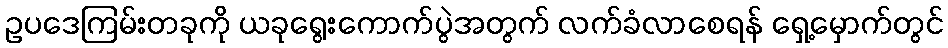
ဥပဒေကြမ်းတခုကို ယခုရွေးကောက်ပွဲအတွက် လက်ခံလာစေရန် ရှေ့မှောက်တွင်